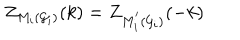
LaTeX: Z _ { M _ { i } ( { \cal G } _ { i } { \cal ) } } ( k ) = Z _ { M _ { i } ^ { ^ { \prime } } ( { \cal G } _ { i } { \cal ) } } ( - k )